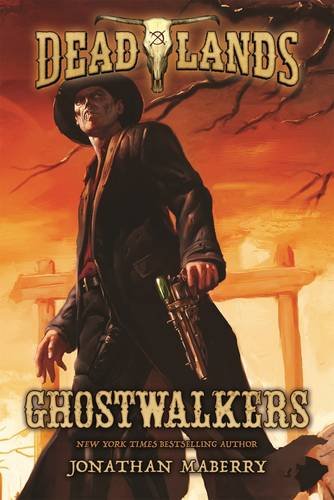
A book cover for Deadlands: Ghostwalkers; Jonathan Maberry; Science Fiction & Fantasy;